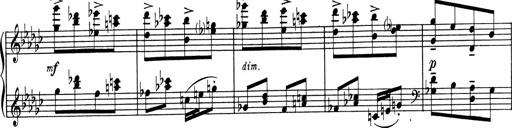
Title: Sonatine pour piano
Composer: Albert Roussel